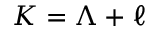
K = \Lambda + \ell